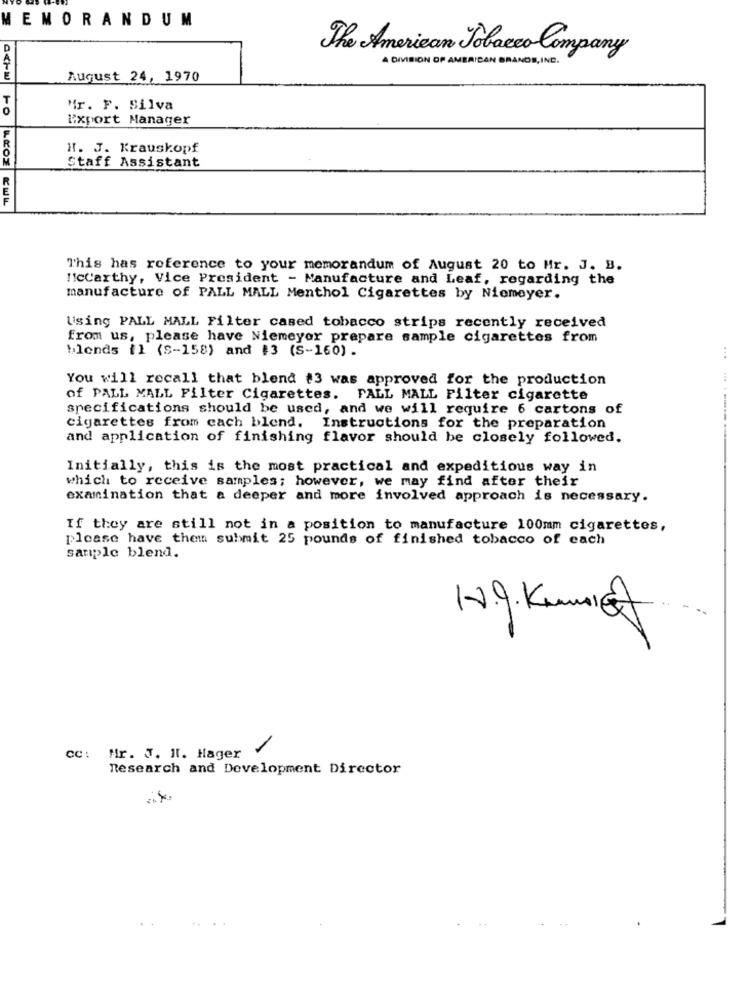
MEMORANDUM
D
The American Tobacco Company
A DIVISION OF AMERICAN BRANDS, INC.
August 24, 1970
Mr. F. Silva
Export Manager
F
H. J. Krauskopf
Staff Assistant
This has reference to your memorandum of August 20 to Mr. J. B.
IcCarthy, Vice President - Manufacture and Leaf, regarding the
manufacture of PALL MALL Menthol Cigarettes by Niemeyer.
Using PALL MALL Filter cased tobacco strips recently received
from us, please have Niemeyer prepare sample cigarettes from
blends {1 (S-158) and #3 (S-160).
You will recall that blend #3 was approved for the production
of PALL MALL Filter Cigarettes. PALL MALL Filter cigarette
specifications should be used, and we will require 6 cartons of
cigarettes from cach blend.
Instructions for the preparation
and application of finishing flavor should be closely followed.
Initially, this is the most practical and expeditious way in
which to receive samples; however, we may find after their
examination that a deeper and more involved approach is necessary.
If they are still not in a position to manufacture 100mm cigarettes,
please have them submit 25 pounds of finished tobacco of each
sample blend.
1.9. Kuni@
1
cc: Mr. J. Il. Hager
Research and Development Director